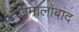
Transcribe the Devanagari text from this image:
जमालाबाद